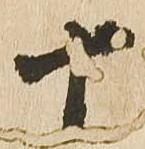
十